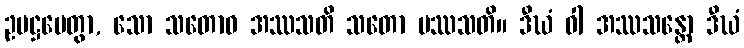
ဥပဋ္ဌပေတွာ, သော သတောဝ အဿသတိ သတော ပဿသတိ။ ဒီဃံ ဝါ အဿသန္တော ဒီဃံ